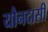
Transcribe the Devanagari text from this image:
यौनदासी